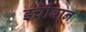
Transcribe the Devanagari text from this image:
इचीबान